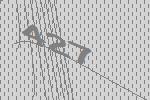
427